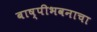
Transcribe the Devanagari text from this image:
बाष्पीभवनाचा